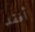
أفقد